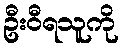
ဦးဝီရသူကို